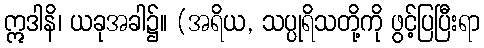
ဣဒါနိ၊ ယခုအခါ၌။ (အရိယ, သပ္ပုရိသတို့ကို ဖွင့်ပြပြီးရာ